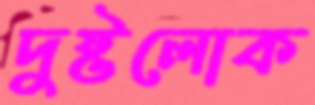
দুষ্টলোক